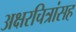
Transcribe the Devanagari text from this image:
अक्षरचित्रांसह